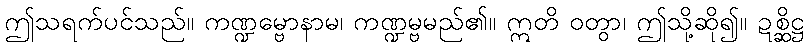
ဤသရက်ပင်သည်။ ကဏ္ဍမ္ဗောနာမ၊ ကဏ္ဍမ္ဗမည်၏။ ဣတိ ဝတွာ၊ ဤသို့ဆို၍။ ဍစ္ဆိဋ္ဌ